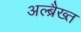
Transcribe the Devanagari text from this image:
अल्ब्रैख्त